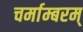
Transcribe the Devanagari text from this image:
चर्माम्बरम्